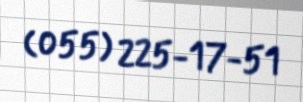
(055) 225-17-51